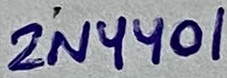
Text: 2N4401